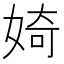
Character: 婍